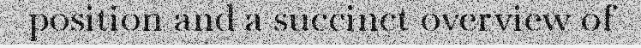
position and a succinct overview of